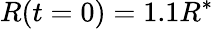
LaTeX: R(t=0)=1.1R^{*}